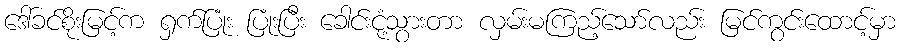
ဒေါ်ခင်စိုးမြင့်က ရှက်ပြုံး ပြုံးပြီး ခေါင်းငုံ့သွားတာ လှမ်းမကြည့်သော်လည်း မြင်ကွင်းထောင့်မှာ